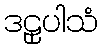
ဒဠှပါသံ